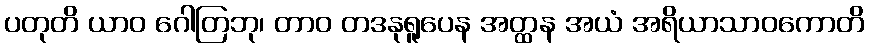
ပတုတိ ယာဝ ဂေါတြဘု၊ တာဝ တဒနုရူပေန အတ္ထန အယံ အရိယာသာဝကောတိ